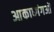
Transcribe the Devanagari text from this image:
आकाध्गंगओं